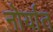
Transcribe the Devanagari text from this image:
नोर्यात